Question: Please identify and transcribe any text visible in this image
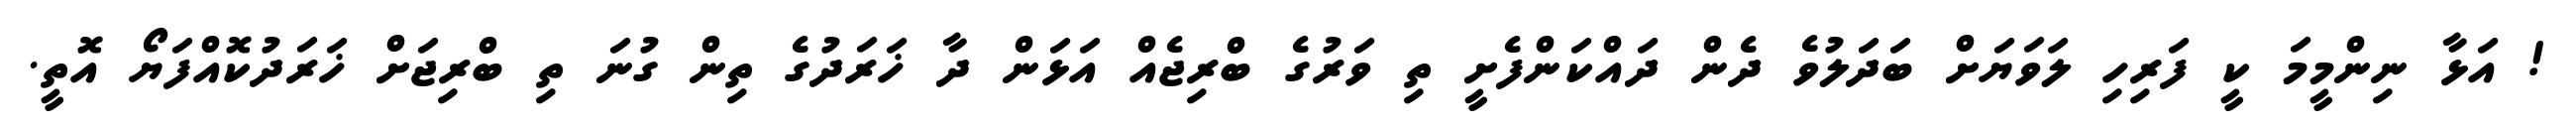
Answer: ! އަޅާ ނިންމީމަ ކީ ފަރިހި ލަވަޔަށް ބަދަލުވެ ދެން ދައްކަންފެށީ ތި ވަރުގެ ބްރިޖެއް އަޅަން ދާ ޚަރަދުގެ ތިން ގުނަ ތި ބްރިޖަށް ޚަރަދުކޮއްފަޔޯ އޮތީ.